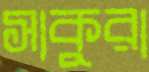
সাকুরা